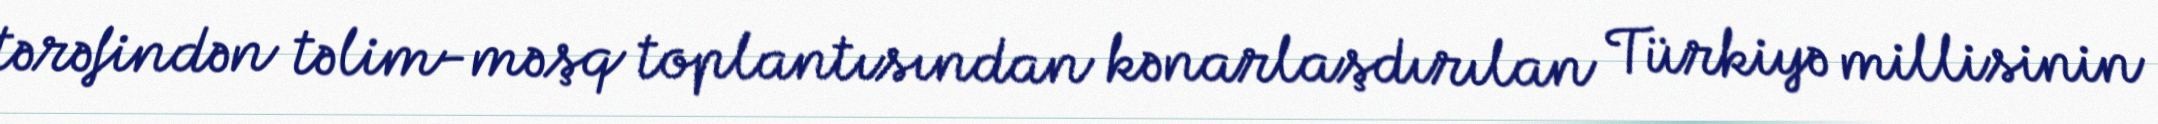
tərəfindən təlim-məşq toplantısından kənarlaşdırılan Türkiyə millisinin